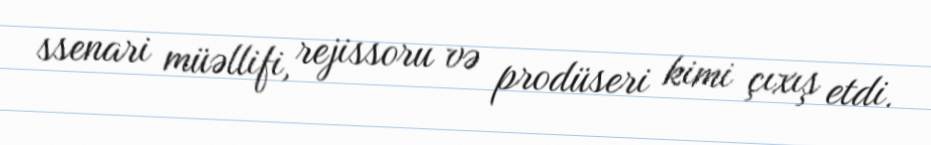
ssenari müəllifi, rejissoru və prodüseri kimi çıxış etdi.